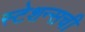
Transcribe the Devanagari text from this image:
स्टेशन्सची